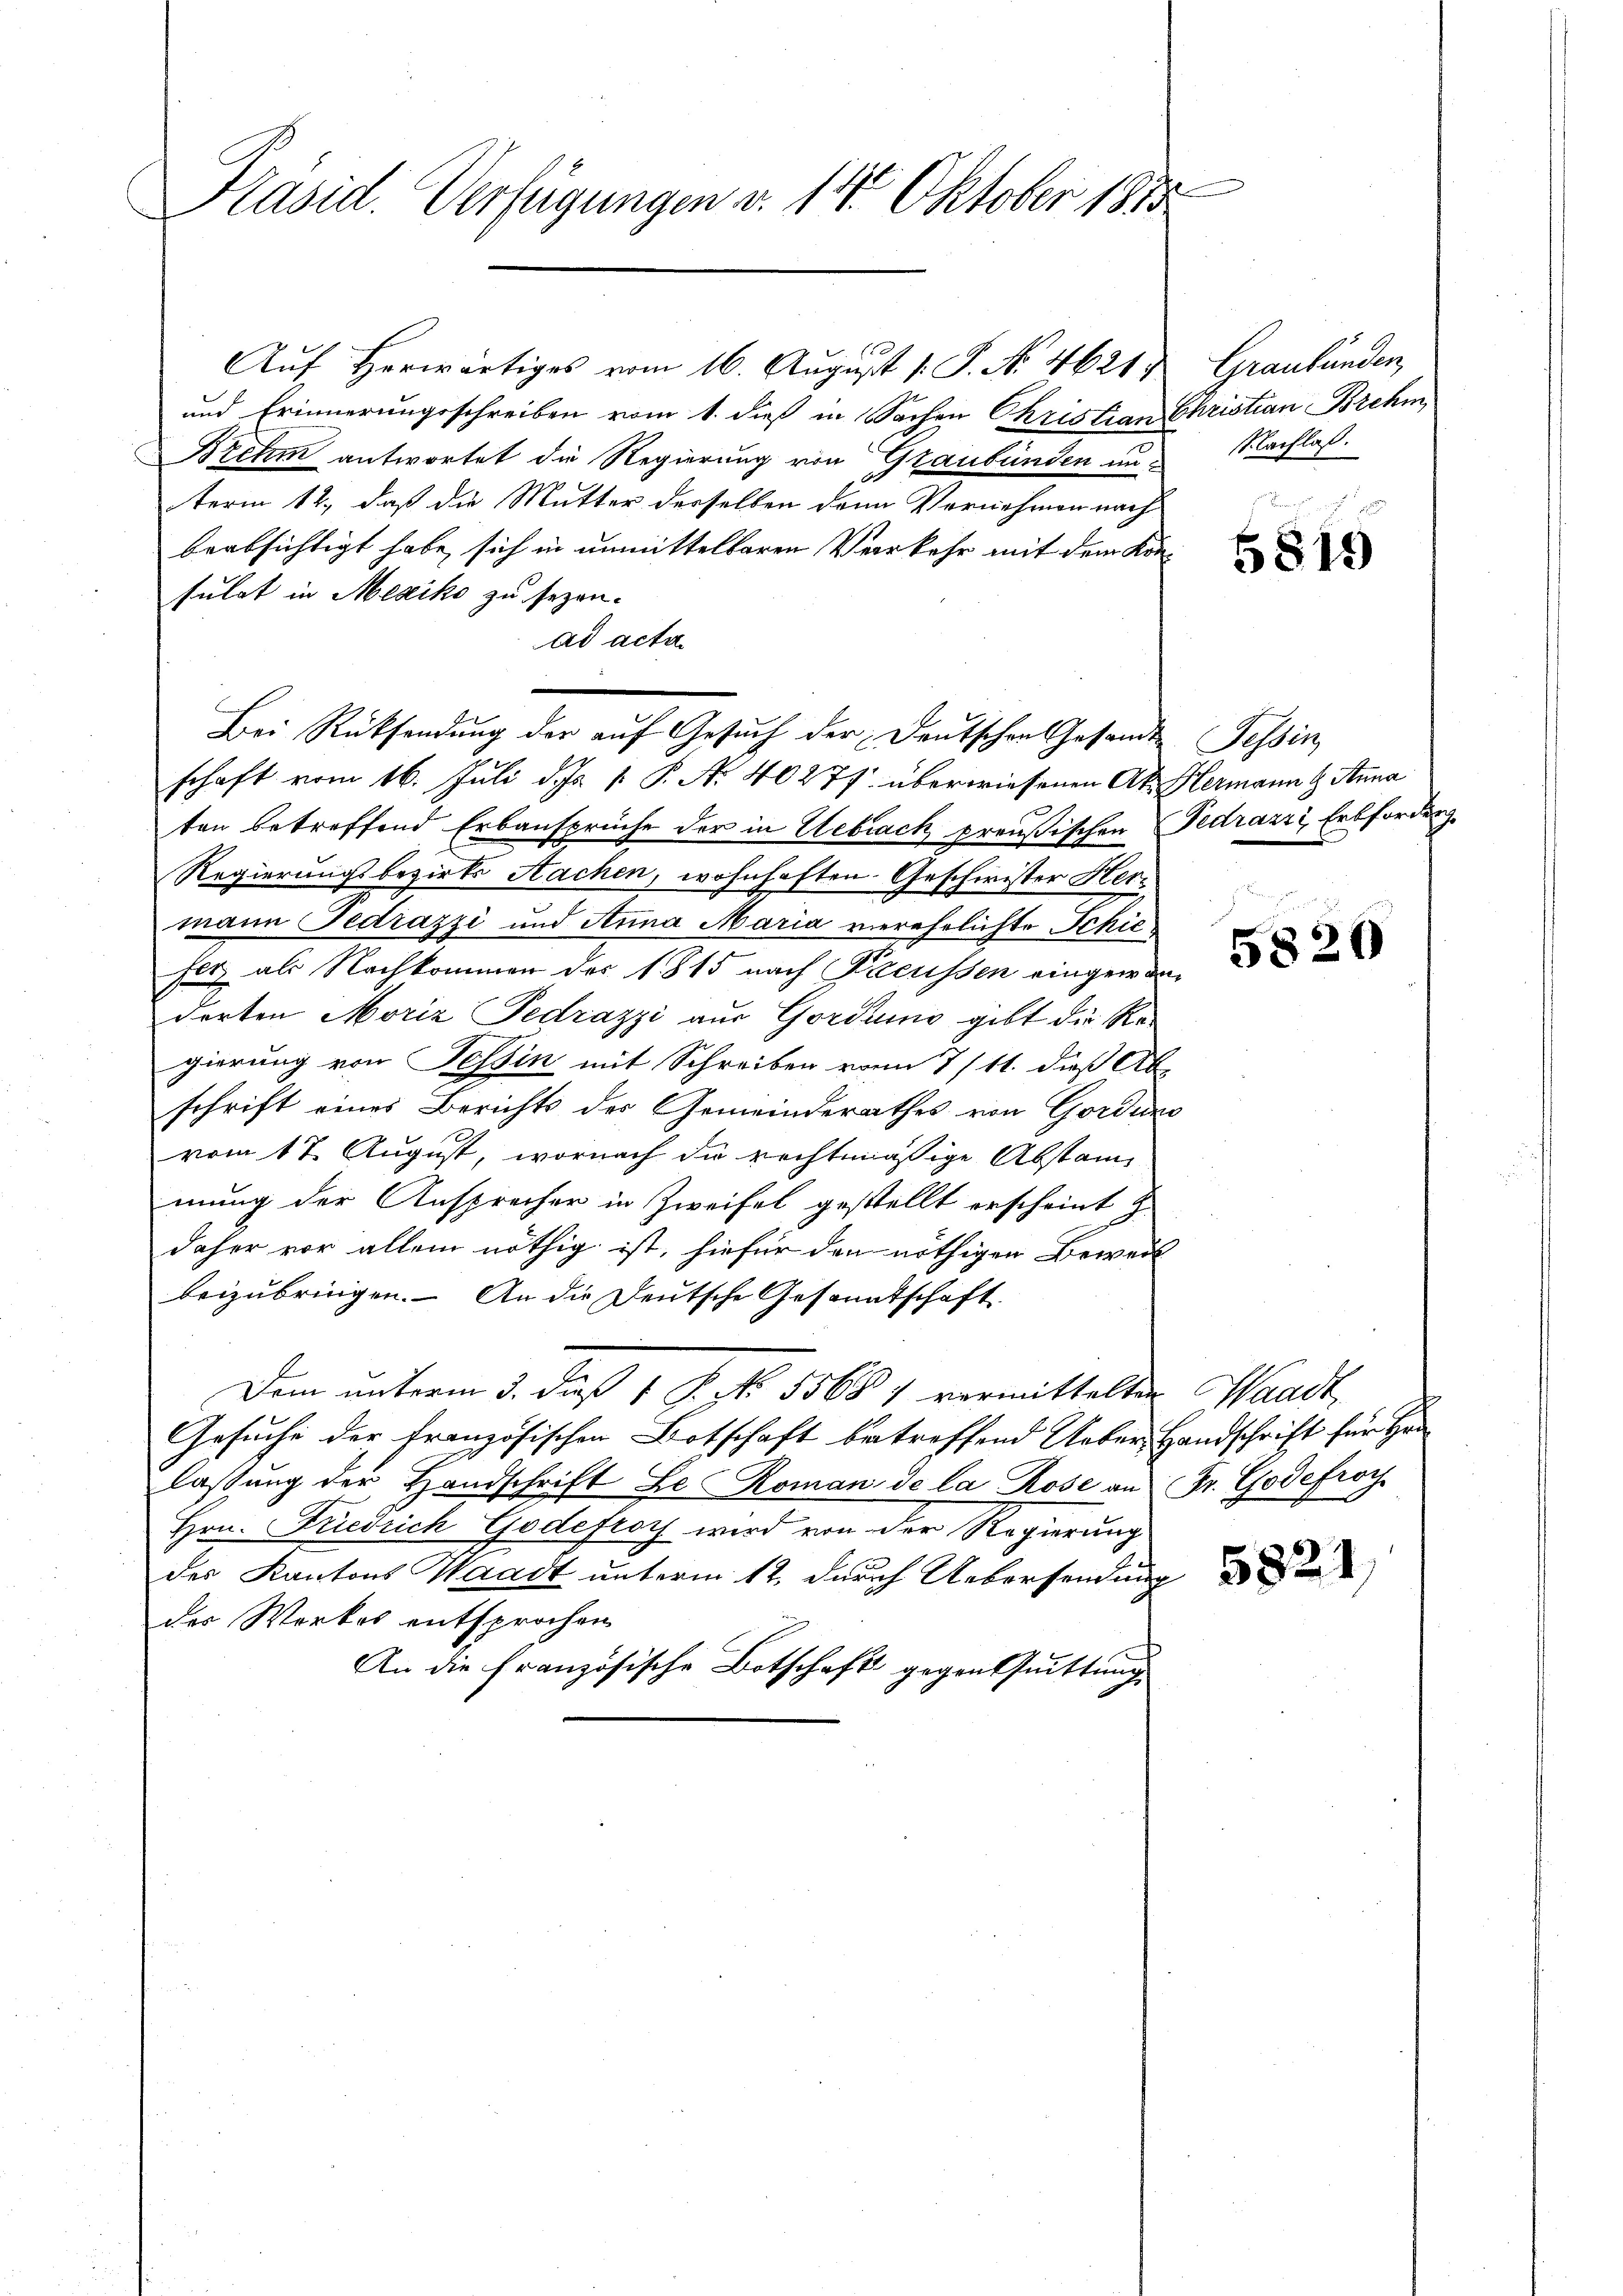
d
Präsid. Verfügungen v. 14. Oktober 1815

E
Auf herwärtiges vom 16. August 1. P. No. 4621
und Erinnerungsschreiben vom 1. dieß in Sachen Christian Christian Brehm,
Beehm antwortet die Regierung von Graubünden un-
term 12., daß die Mutter derselben denn Vernehmen nach
beabsichtigt habe, sich in unmittelbaren Verkehr mit dem Konsulat in Mexiko zu sezen.
ad acta
schaft vom 16. Juli d. Js. 1. P. Nr. 40277 überwiesenen Ak. Hermann H. Anna
ten betreffend Erbansprüche der in Uebrach preußischen Fedrazzi, Erbforden.
Regierungsbezirks Sachen, wohnhaften Geschwister Hermann Fedrazzi und Anna Maria verehrlichte Schiefer als Nachkommen des 1815 nach Paeussen eingewanderten Moriz Pedrazzi aus Gordung gibt die Regierung von Tessin mit Schreiben vom 7./11. dieß Ab-
schrift eines Berichts der Gemeinderathes von Gordne
vom 17. August, wornach die rechtmäßige Abstan
mung der Ansprecher in Zweifel gestellt erscheint
daher vor allein nöthig ist, hiefür den nöthigen Beweil
beizubringen. An die Deutsche Gesandtschaft
Dem unterm 3. daß 1 S. No. 5568 1 vermittelten Waadt,
Gesuche der französischen Botschaft betreffend Ueber Handschrift für Han
lassŭng der Handschrift de Roman de la Rose an Fr. Godefroy
Hrn. Friedrich Godefror wird von der Regierung
des Kantons Waadt unterm 12. durch Uebersendung
des Werkes entsprochen
An die französische Botschaft gegen Quittung

Bei Rücksendung der auf Gesuch der Deutschen Gesandt Tessin,

Graubünden
Nachlaß.

5819

5820

5821